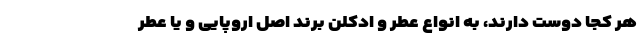
هر کجا دوست دارند، به انواع عطر و ادکلن برند اصل اروپایی و یا عطر